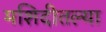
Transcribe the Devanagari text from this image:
मशिदीतल्या